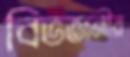
বিভজনীয়